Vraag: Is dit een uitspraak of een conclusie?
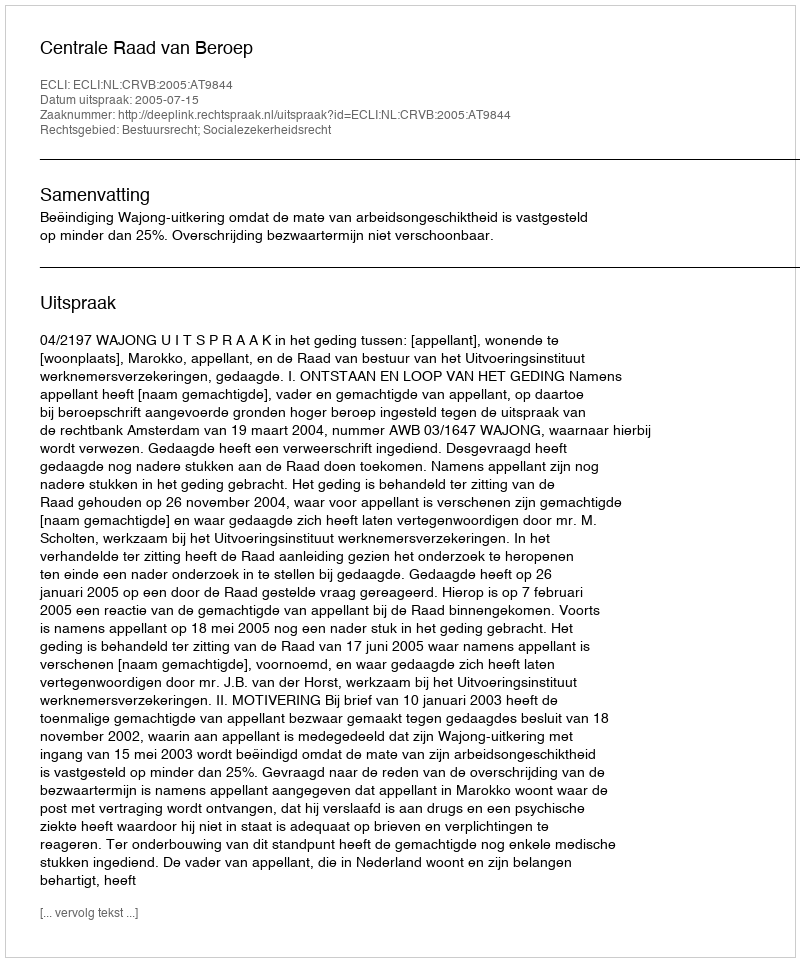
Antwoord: Uitspraak